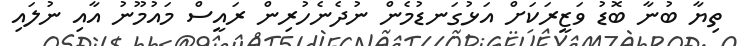
ތިޔާ ބުނާ ބޮޑު ވަޒީރަކަށް އަޅުގަނޑުމެން ނުދެނެހުރިން ރައީސް މައުމޫނު އާއި ނުލައި